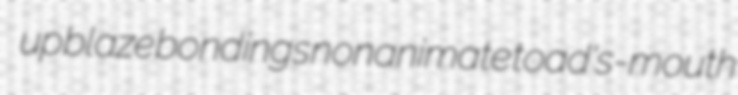
upblaze bondings nonanimate toad's-mouth